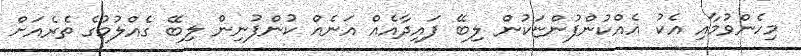
މިހެންވުމާއި އެކު އެއްކުންފުންޏަކުން ލިބޭ ފައިދާއެއް އަނެއް ކުންފުނިން ލިބޭ ގެއްލުމުގެ ތެރެއަށް